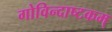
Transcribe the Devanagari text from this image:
गोविन्दाष्टकम्‌